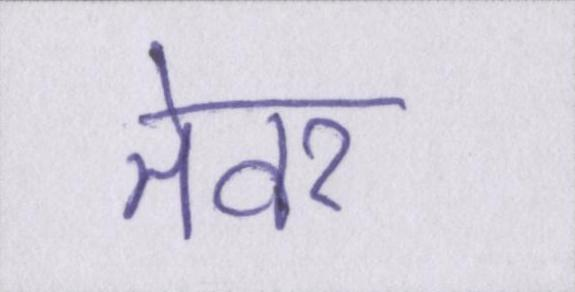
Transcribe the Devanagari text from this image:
तेवर